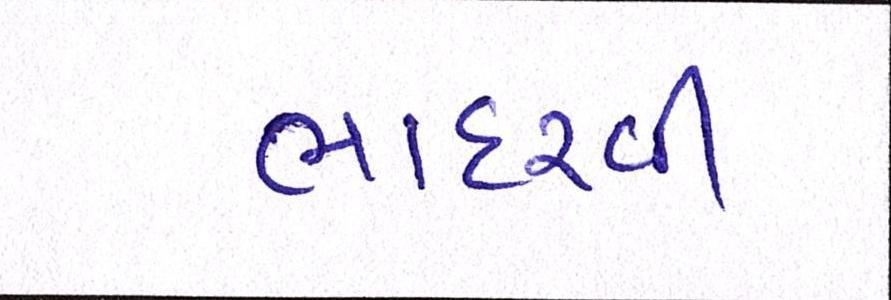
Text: ભાદરવી